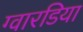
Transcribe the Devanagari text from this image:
ग्वारडिया